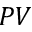
P V